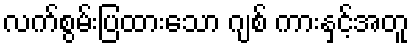
လက်စွမ်းပြထားသော ဂျစ် ကားနှင့်အတူ